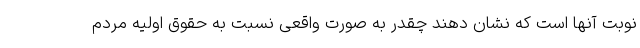
نوبت آنها است که نشان دهند چقدر به صورت واقعی نسبت به حقوق اولیه مردم